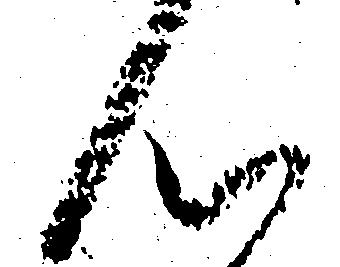
ん